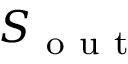
S _ { \mathrm { ~ o ~ u ~ t ~ } }